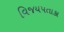
વિજયપતાકા